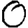
Digit: 0